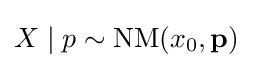
X\mid p\sim \operatorname {NM} (x_{0},\mathbf {p} )